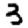
Digit: 3